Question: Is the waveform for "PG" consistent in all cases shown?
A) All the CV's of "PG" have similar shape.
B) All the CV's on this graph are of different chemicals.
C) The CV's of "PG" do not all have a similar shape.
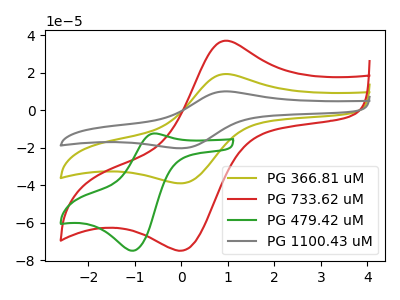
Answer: <think>The olive curve "PG 366.81 uM" has an anodic peak at (0.95V, 19.30uA) and a cathodic peak at (0.10V, -38.75uA). The red curve "PG 733.62 uM" has an anodic peak at (0.95V, 37.05uA) and a cathodic peak at (0.10V, -74.45uA). The green curve "PG 479.42 uM" has an anodic peak at (-0.60V, -12.40uA) and a cathodic peak at (-1.05V, -74.95uA). The gray curve "PG 1100.43 uM" has an anodic peak at (0.95V, 38.60uA) and a cathodic peak at (0.10V, -77.50uA).
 All the peaks in "PG 366.81 uM" have a peak in "PG 733.62 uM" at the same potential. Every peak in "PG 366.81 uM" is lower than every peak in "PG 733.62 uM". "PG 366.81 uM" and "PG 479.42 uM" have at least one peak that do not match. All the peaks in "PG 366.81 uM" have a peak in "PG 1100.43 uM" at the same potential. Every peak in "PG 366.81 uM" is lower than every peak in "PG 1100.43 uM". "PG 733.62 uM" and "PG 479.42 uM" have at least one peak that do not match. All the peaks in "PG 733.62 uM" have a peak in "PG 1100.43 uM" at the same potential. Every peak in "PG 733.62 uM" is lower than every peak in "PG 1100.43 uM". "PG 479.42 uM" and "PG 1100.43 uM" have at least one peak that do not match.</think>
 <answer>A) All the CV's of "PG" have similar shape.</answer>
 <eval>A</eval>